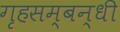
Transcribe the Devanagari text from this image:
गृहसम्बन्धी